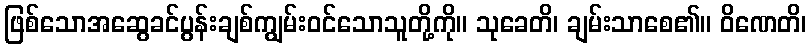
ဖြစ်သောအဆွေခင်ပွန်းချစ်ကျွမ်းဝင်သောသူတို့ကို။ သုခေတိ၊ ချမ်းသာစေ၏။ ဝိဏေတိ၊